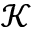
\mathcal { K }